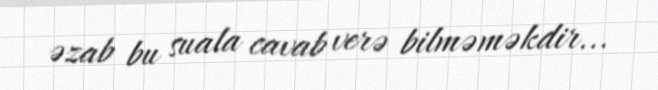
əzab bu suala cavab verə bilməməkdir...